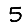
Digit: 5